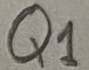
Text: Q1